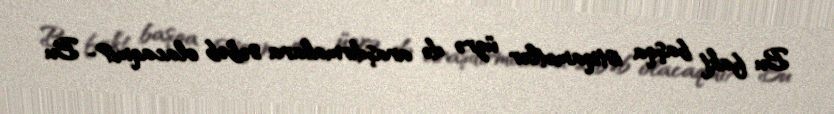
Bu fakt başqa istiqamətlər üzrə də araşdırmalara səbəb olacaqmı?- Bu